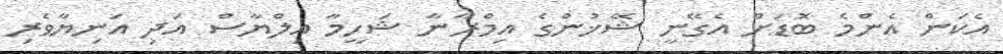
އެކަން އެންމެ ބޮޑަށް އެގޭނީ ޝޭޚުންގެ އިމްރާނާ ޝަހީމާ އިލްޔާސް އަދި އަނިޔާވެރި